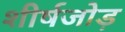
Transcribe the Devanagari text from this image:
शीर्षजोड़